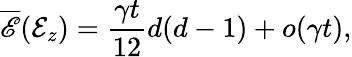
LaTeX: \overline{{\mathscr{E}}}(\mathcal{E}_{z})=\frac{\gamma t}{12}d(d-1)+o(\gamma t),